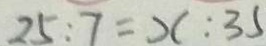
2 5 : 7 = x : 3 5